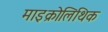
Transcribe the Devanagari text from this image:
माइक्रोलिथिक